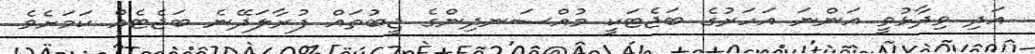
އަދި ވިދާޅުވީ އަންނަ އަހަރުގެ ބަޖެޓަކީ މުއްސަނދިންގެ ޖީބުތައް ފުރާލަދޭނެ ބަޖެޓެއް ކަމަށެެވެ.